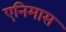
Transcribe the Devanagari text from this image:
एनिमास